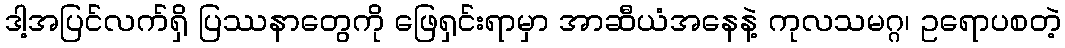
ဒါ့အပြင်လက်ရှိ ပြဿနာတွေကို ဖြေရှင်းရာမှာ အာဆီယံအနေနဲ့ ကုလသမဂ္ဂ၊ ဥရောပစတဲ့